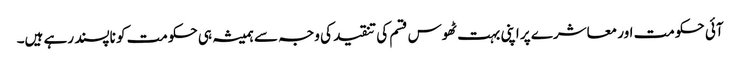
آئی حکومت اور معاشرے پر اپنی بہت ٹھوس قسم کی تنقید کی وجہ سے ہمیشہ ہی حکومت کو ناپسند رہے ہیں۔